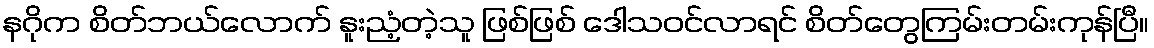
နဂိုက စိတ်ဘယ်လောက် နူးညံ့တဲ့သူ ဖြစ်ဖြစ် ဒေါသဝင်လာရင် စိတ်တွေကြမ်းတမ်းကုန်ပြီ။